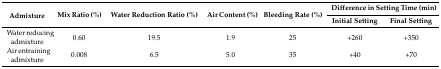
<table><thead><tr><td rowspan="2"><b>Admixture</b></td><td rowspan="2"><b>Mix Ratio (%)</b></td><td rowspan="2"><b>Water Reduction Ratio (%)</b></td><td rowspan="2"><b>Air Content (%)</b></td><td rowspan="2"><b>Bleeding Rate (%)</b></td><td colspan="2"><b>Difference in Setting Time (min)</b></td></tr><tr><td><b>Initial Setting</b></td><td><b>Final Setting</b></td></tr></thead><tbody><tr><td>Water reducing admixture</td><td>0.60</td><td>19.5</td><td>1.9</td><td>25</td><td>+260</td><td>+350</td></tr><tr><td>Air entraining admixture</td><td>0.008</td><td>6.5</td><td>5.0</td><td>35</td><td>+40</td><td>+70</td></tr></tbody></table>